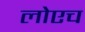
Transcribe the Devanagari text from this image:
लोएच